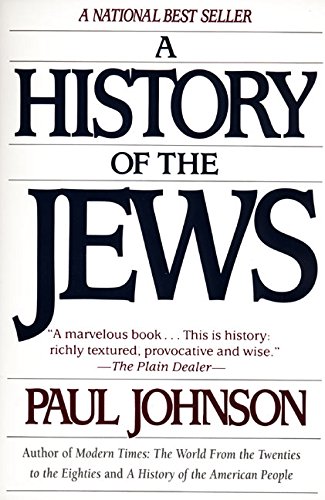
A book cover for A History of the Jews; Paul Johnson; History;